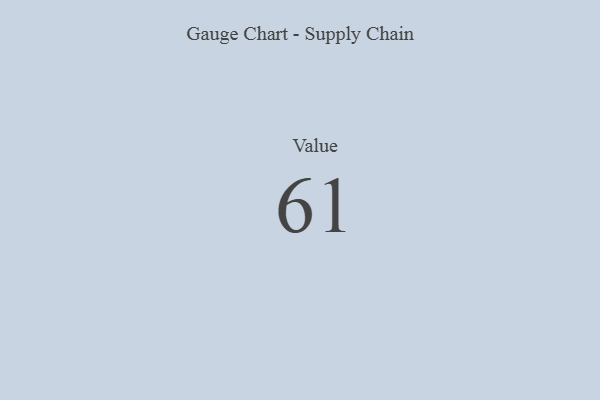
{"axis": {"x": "Metric", "y": "Value"}, "legend": [""], "data": [{"x": "Value", "y": 61, "type": ""}]}